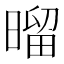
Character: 𰖝